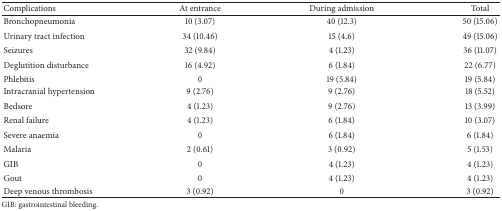
| Complications | At entrance | During admission | Total |
 | --- | --- | --- | --- |
 | Bronchopneumonia | 10 (3.07) | 40 (12.3) | 50 (15.06) |
 | Urinary tract infection | 34 (10.46) | 15 (4.6) | 49 (15.06) |
 | Seizures | 32 (9.84) | 4 (1.23) | 36 (11.07) |
 | Deglutition disturbance | 16 (4.92) | 6 (1.84) | 22 (6.77) |
 | Phlebitis | 0 | 19 (5.84) | 19 (5.84) |
 | Intracranial hypertension | 9 (2.76) | 9 (2.76) | 18 (5.52) |
 | Bedsore | 4 (1.23) | 9 (2.76) | 13 (3.99) |
 | Renal failure | 4 (1.23) | 6 (1.84) | 10 (3.07) |
 | Severe anaemia | 0 | 6 (1.84) | 6 (1.84) |
 | Malaria | 2 (0.61) | 3 (0.92) | 5 (1.53) |
 | GIB | 0 | 4 (1.23) | 4 (1.23) |
 | Gout | 0 | 4 (1.23) | 4 (1.23) |
 | Deep venous thrombosis | 3 (0.92) | 0 | 3 (0.92) |